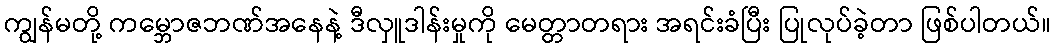
ကျွန်မတို့ ကမ္ဘောဇဘဏ်အနေနဲ့ ဒီလှူဒါန်းမှုကို မေတ္တာတရား အရင်းခံပြီး ပြုလုပ်ခဲ့တာ ဖြစ်ပါတယ်။